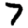
Digit: 7